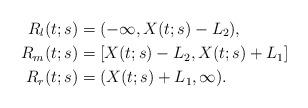
LaTeX: \begin{align*}R_{l}(t;s)&=(-\infty,X(t;s)-L_{2}),\\R_{m}(t;s)&=[X(t;s)-L_{2}, X(t;s)+L_{1}]\quad\\R_{r}(t;s)&=(X(t;s)+L_{1},\infty).\end{align*}